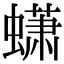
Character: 蟏